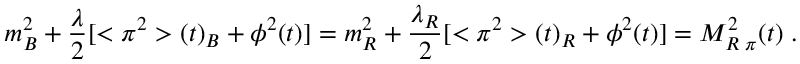
m _ { B } ^ { 2 } + \frac { \lambda } { 2 } [ < \pi ^ { 2 } > ( t ) _ { B } + \phi ^ { 2 } ( t ) ] = m _ { R } ^ { 2 } + \frac { \lambda _ { R } } { 2 } [ < \pi ^ { 2 } > ( t ) _ { R } + \phi ^ { 2 } ( t ) ] = { \cal M } _ { R \; \pi } ^ { 2 } ( t ) \; .